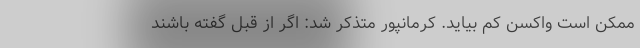
ممکن است واکسن کم بیاید. کرمانپور متذکر شد: اگر از قبل گفته باشند